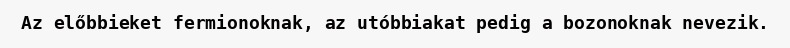
Az előbbieket fermionoknak, az utóbbiakat pedig a bozonoknak nevezik.